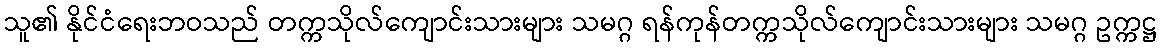
သူ၏ နိုင်ငံရေးဘဝသည် တက္ကသိုလ်ကျောင်းသားများ သမဂ္ဂ ရန်ကုန်တက္ကသိုလ်ကျောင်းသားများ သမဂ္ဂ ဥက္ကဋ္ဌ